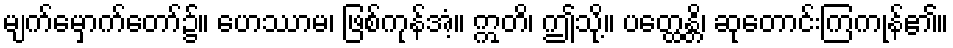
မျက်မှောက်တော်၌။ ဟေဿာမ၊ ဖြစ်ကုန်အံ့။ ဣတိ၊ ဤသို့။ ပတ္ထေန္တိ၊ ဆုတောင်းကြကုန်၏။